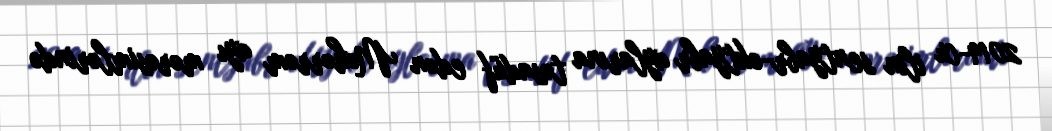
2019-cu ilin sentyabr-oktyabr aylarına təsadüf edən Məhərrəm ayı mərəsimlərində